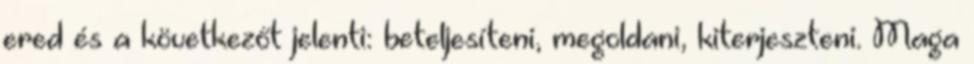
ered és a következőt jelenti: beteljesíteni, megoldani, kiterjeszteni. Maga